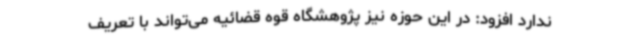
ندارد افزود: در این حوزه نیز پژوهشگاه قوه قضائیه می‌تواند با تعریف